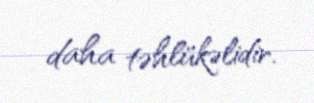
daha təhlükəlidir.